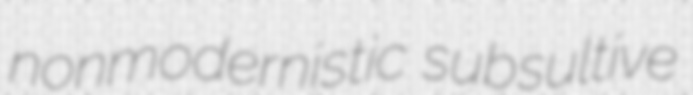
nonmodernistic subsultive